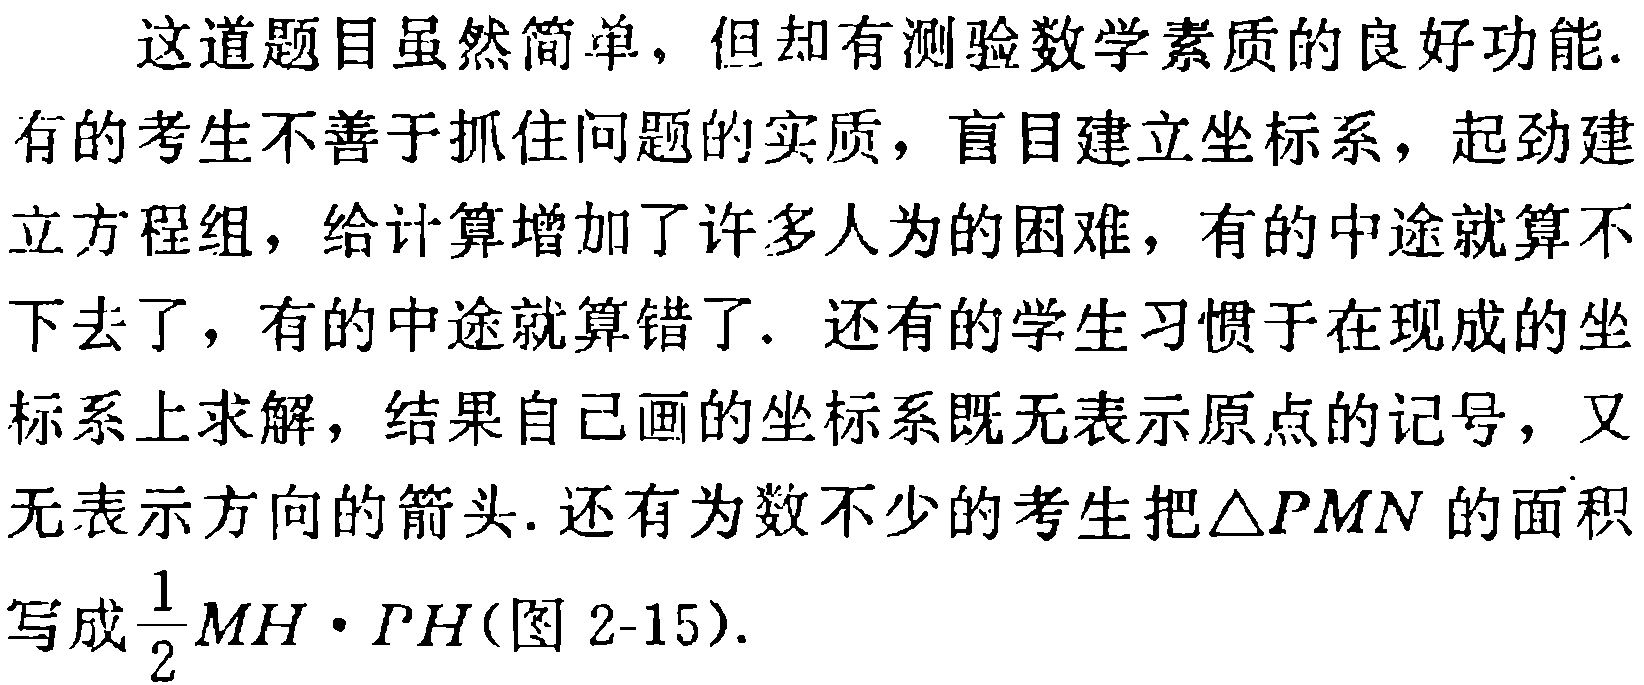
这道题目虽然简单，但却有测验数学素质的良好功能.
有的考生不善于抓住问题的实质，盲目建立坐标系，起劲建
立方程组，给计算增加了许多人为的困难，有的中途就算不
下去了，有的中途就算错了. 还有的学生习惯于在现成的坐
标系上求解，结果自己画的坐标系既无表示原点的记号，又
无表示方向的箭头. 还有为数不少的考生把$\triangle PMN$的面积
写成$\frac{1}{2}MH\cdot PH$(图 2-15).